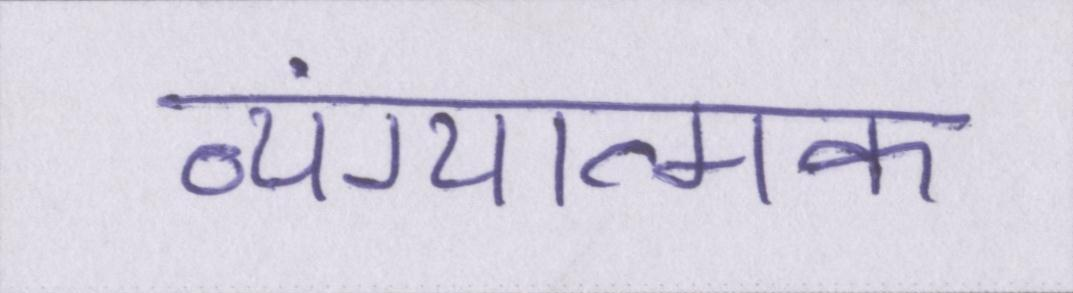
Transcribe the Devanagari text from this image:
व्यंग्यात्मक